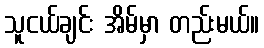
သူငယ်ချင်း အိမ်မှာ တည်းမယ်။